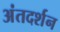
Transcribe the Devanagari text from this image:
अंतदर्शन